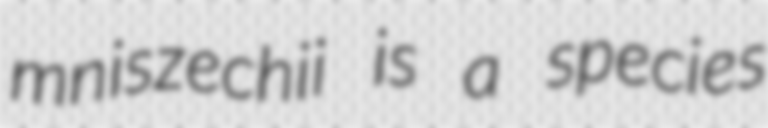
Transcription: mniszechii is a species